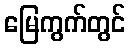
မြေကွက်တွင်